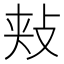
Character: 𪯋